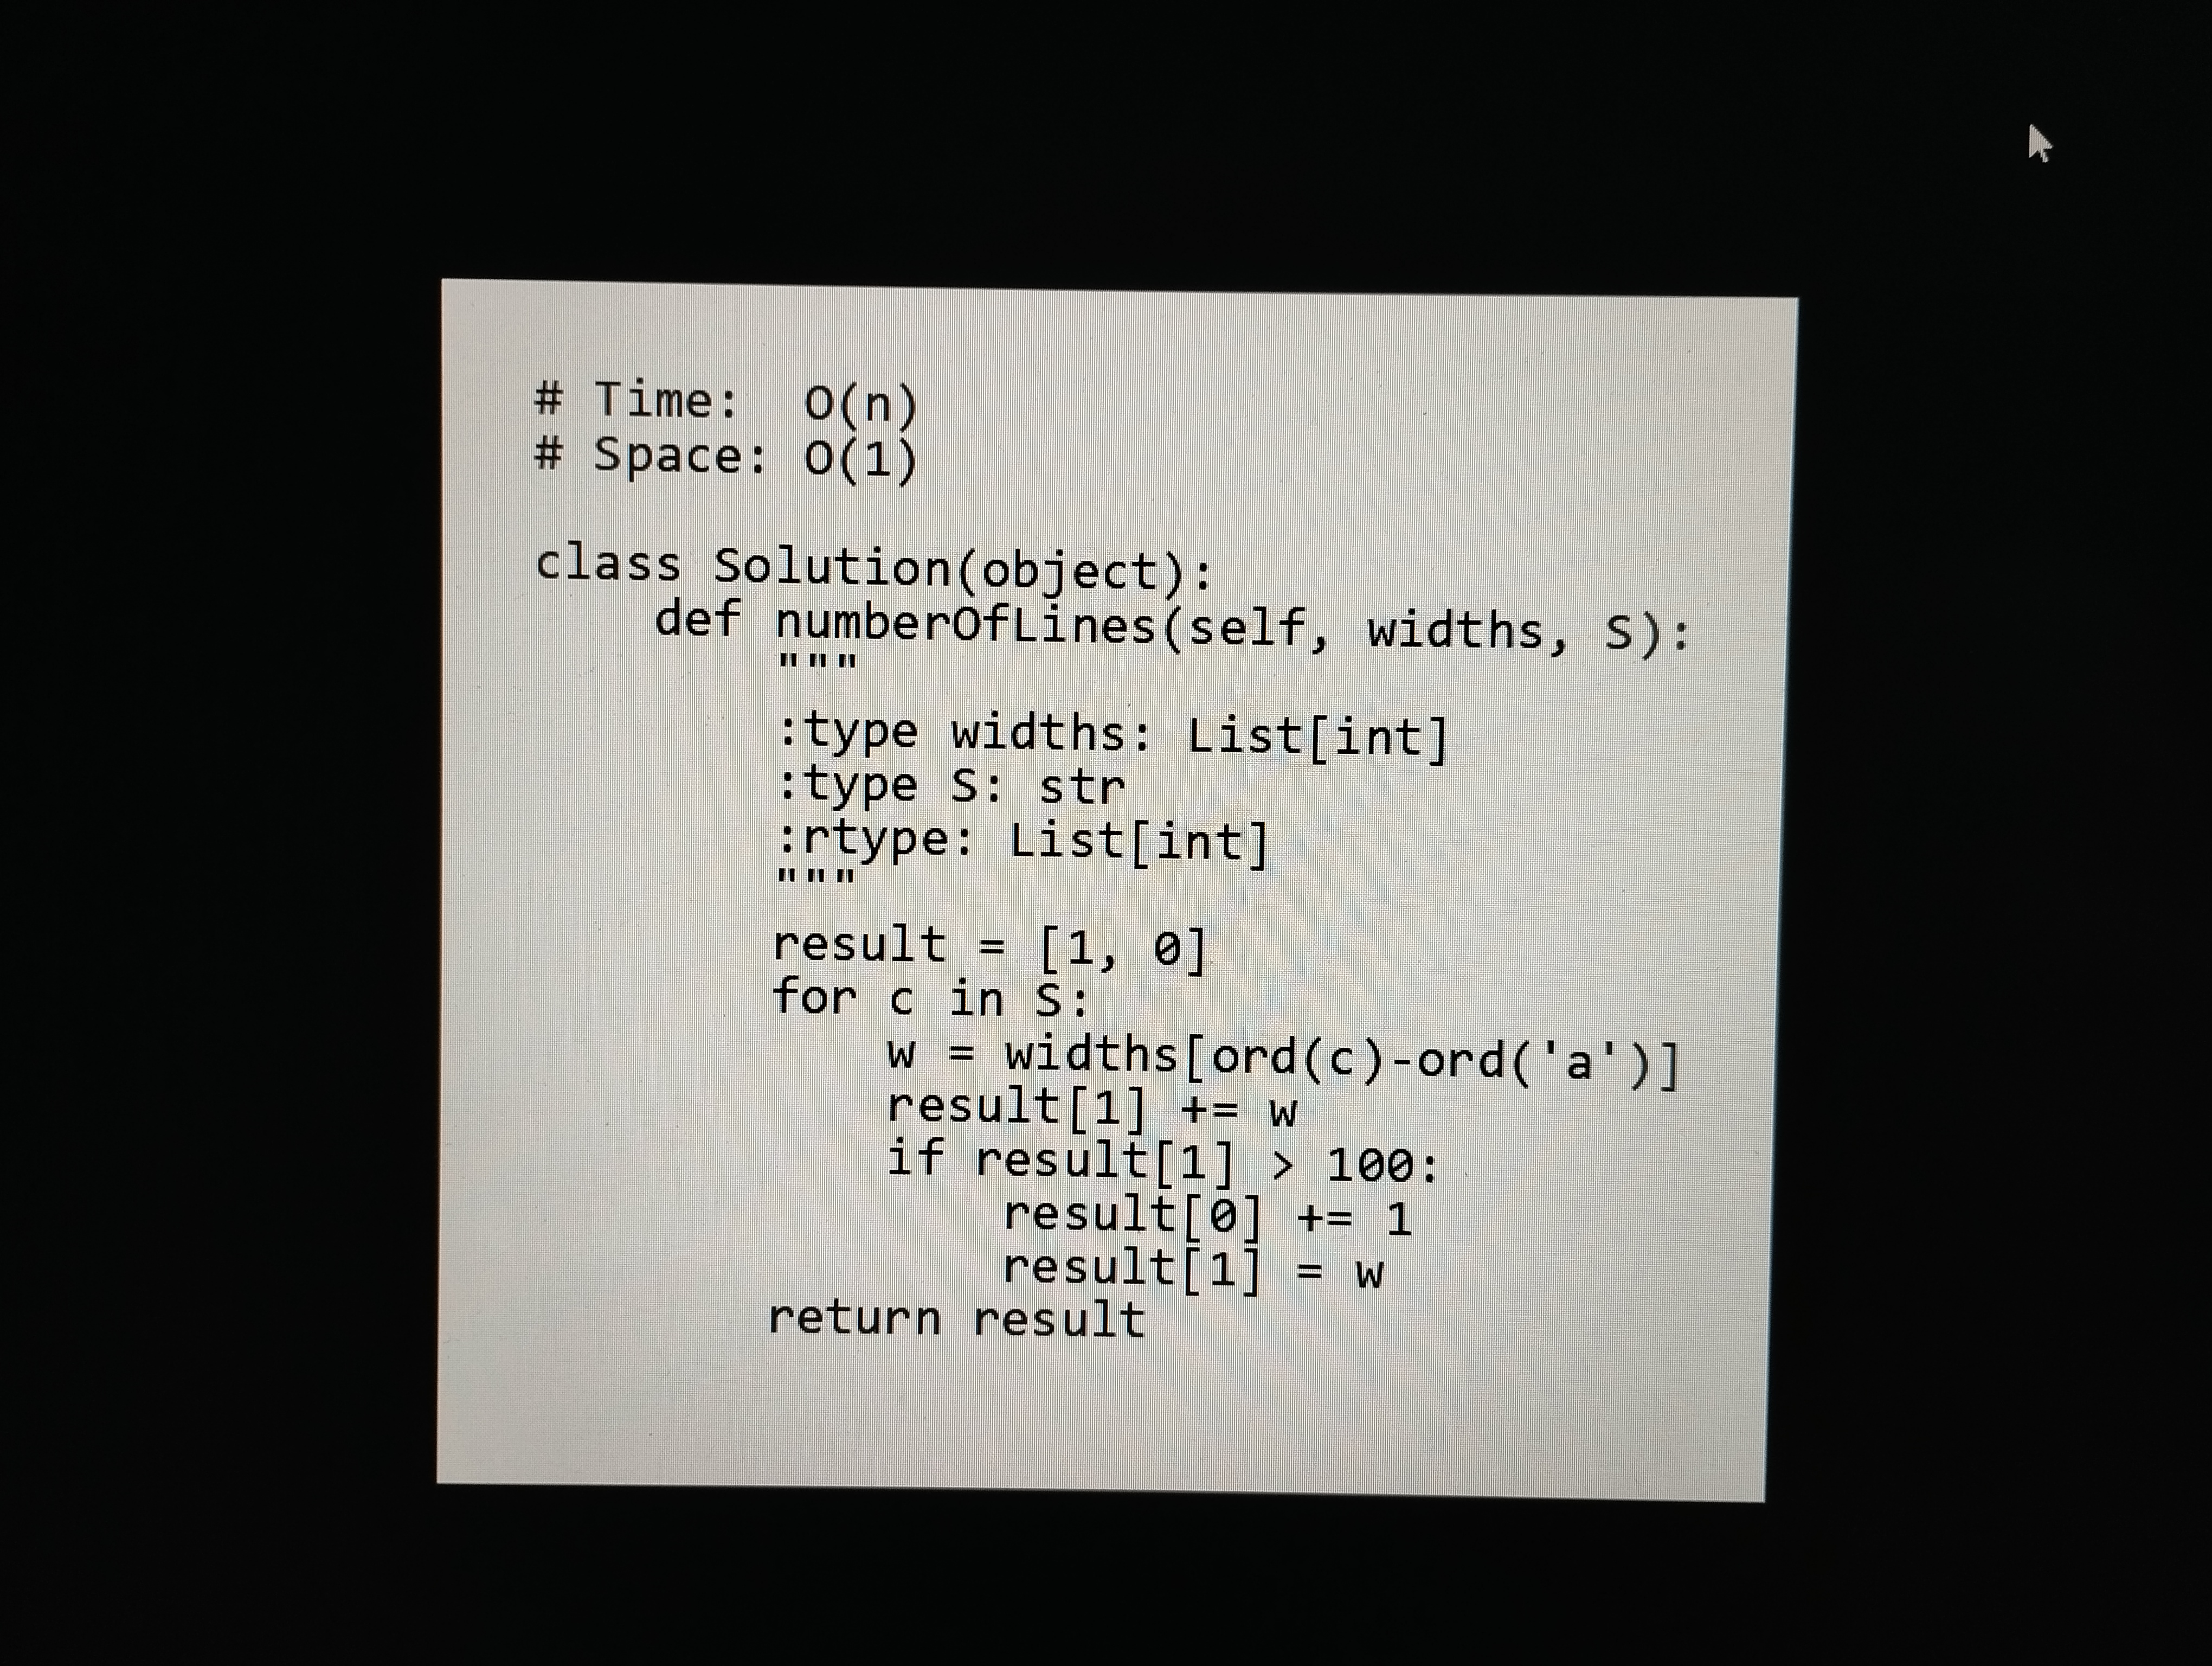
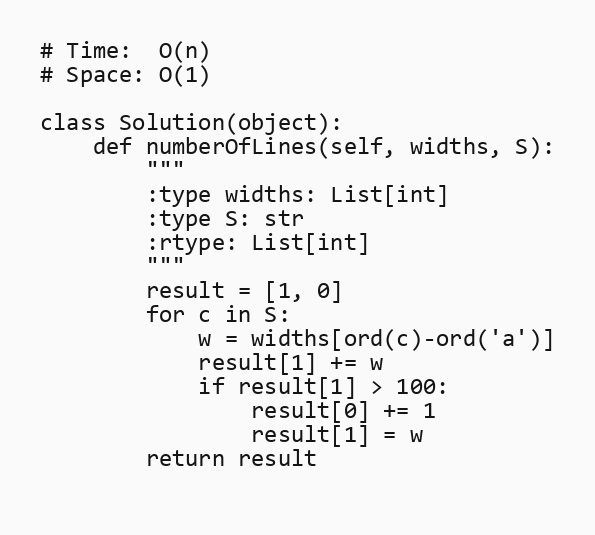
# Time:  O(n)
# Space: O(1)

class Solution(object):
    def numberOfLines(self, widths, S):
        """
        :type widths: List[int]
        :type S: str
        :rtype: List[int]
        """
        result = [1, 0]
        for c in S:
            w = widths[ord(c)-ord('a')]
            result[1] += w
            if result[1] > 100:
                result[0] += 1
                result[1] = w
        return result